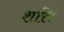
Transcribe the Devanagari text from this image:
शत्ति